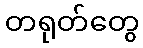
တရုတ်တွေ